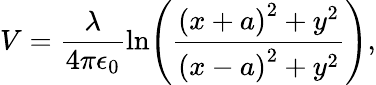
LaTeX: V=\frac{\lambda}{4\pi\epsilon_{0}}\ln\! \left(\frac{{\left(x+a\right)^{2}+y^{2}}}{{\left(x-a\right)^{2}+y^{2}}}\right),